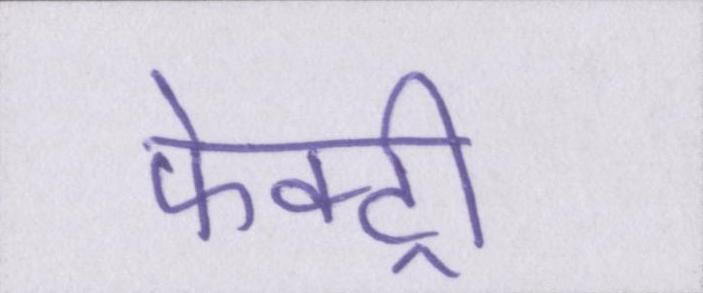
फेक्ट्री